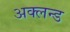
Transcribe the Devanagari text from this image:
अक्लन्ड